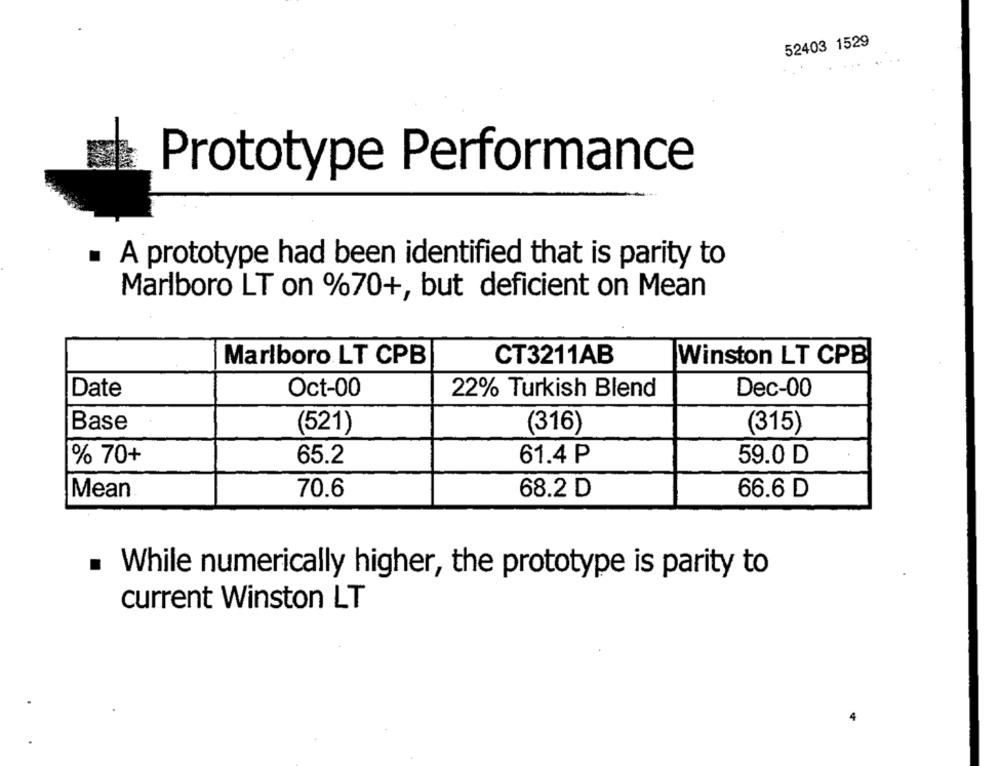
52403 1529
Prototype Performance
A prototype had been identified that is parity to
Marlboro LT on %70+, but deficient on Mean
Marlboro LT CPB
CT3211AB
Winston LT CPB
Date
Oct-00
22% Turkish Blend
Dec-00
Base
(521)
(316)
(315)
% 70+
65.2
59.0 D
61.4 P
Mean
70.6
68.2 D
66.6 D
. While numerically higher, the prototype is parity to
current Winston LT